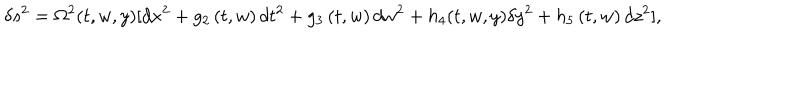
\delta s ^ { 2 } = \Omega ^ { 2 } ( t , w , y ) [ d x ^ { 2 } + g _ { 2 } \left( t , w \right) d t ^ { 2 } + g _ { 3 } \left( t , w \right) d w ^ { 2 } + h _ { 4 } ( t , w , y ) \delta y ^ { 2 } + h _ { 5 } \left( t , w \right) d z ^ { 2 } ] ,